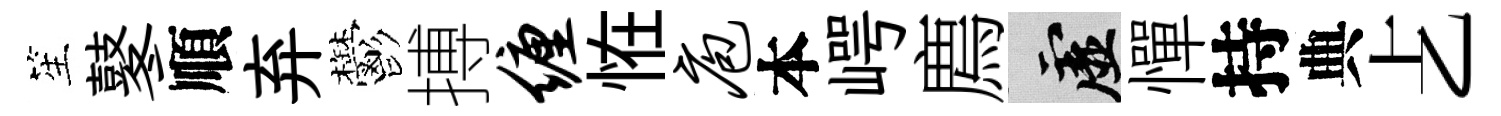
笙鼕順弃鬱搏缠恠庖本崿廌虚憚持典𠧒